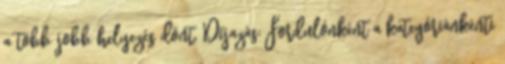
a több jobb helyezés dönt. Díjazás: Fordulónként a kategóriánkénti